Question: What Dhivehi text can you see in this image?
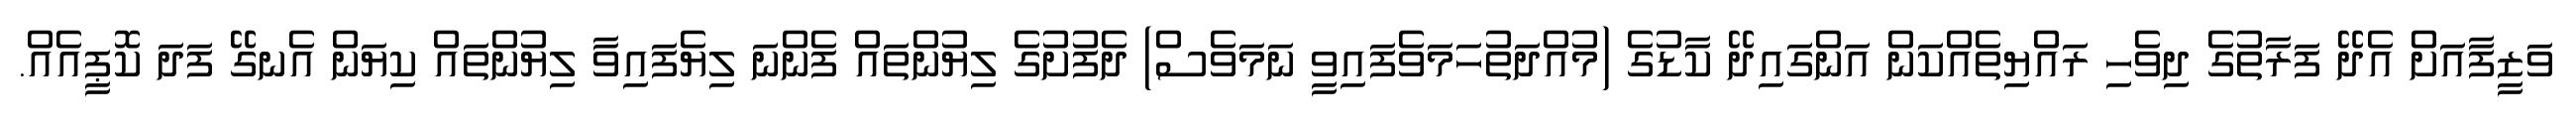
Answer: ވަޒީފާއަށް އެދޭ ފަރާތުގެ ދިވެހި ރައްޔިތެއްކަން އަންގައިދޭ ކާޑުގެ (މުއްދަތުހަމަވެފައިވީ ނަމަވެސް) ދެފުށުގެ ލިޔުންތައް ފެންނަ ލިޔެފައިވާ ލިޔުންތައް ކިޔަން އެނގޭ ފަދަ ކޮޕީއެއް.